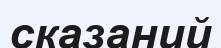
сказаний